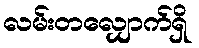
လမ်းတလျှောက်ရှိ